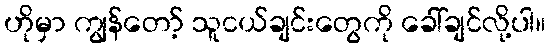
ဟိုမှာ ကျွန်တော့် သူငယ်ချင်းတွေကို ခေါ်ချင်လို့ပါ။